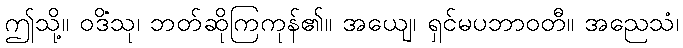
ဤသို့။ ဝဒိံသု၊ ဘတ်ဆိုကြကုန်၏။ အယျေ၊ ရှင်မပဘာဝတီ။ အညေသံ၊